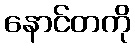
နောင်တကို